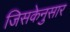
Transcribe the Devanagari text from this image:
जिसकेनुसार